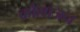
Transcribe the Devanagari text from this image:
कौलाजन